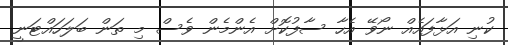
ކުނި އަޅާފައެއް ނޯވޭ އެހާ ސާފުކޮށް އެންމެން ވެސް މި ތަން ބަލަހައްޓަނީ